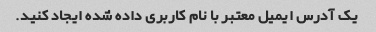
یک آدرس ایمیل معتبر با نام کاربری داده شده ایجاد کنید.